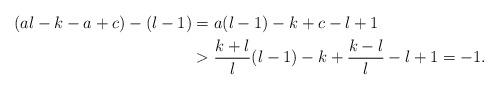
LaTeX: \begin{align*}(al-k-a+c)-(l-1) &= a(l-1)-k+c-l+1\\&> \dfrac{k+l}{l} (l-1)-k+ \dfrac{k-l}{l} -l+1 =-1.\end{align*}